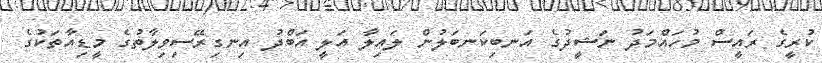
ކުރީގެ ރައީސް މުހައްމަދު ނަޝީދުގެ އަނބިކަނބަލުން ލައިލާ އަލީ އަބްދު އިނގިރޭސިވިލާތުގެ މީޑިއާތަކުގެ